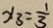
x _ { 3 } = \frac { 1 } { 3 }